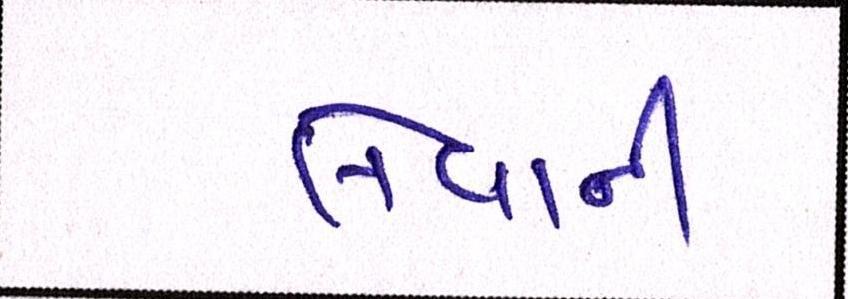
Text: લેવાની